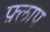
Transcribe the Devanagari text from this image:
फ़्लाप